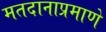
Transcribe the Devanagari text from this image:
मतदानाप्रमाणे